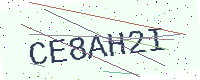
Text: CE8AH2I